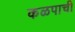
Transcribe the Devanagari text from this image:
कळपाची